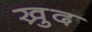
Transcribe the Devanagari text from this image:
ख्रुद